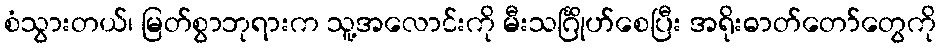
စံသွားတယ်၊ မြတ်စွာဘုရားက သူ့အလောင်းကို မီးသင်္ဂြိုဟ်စေပြီး အရိုးဓာတ်တော်တွေကို